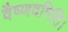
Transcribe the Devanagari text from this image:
वैष्णवमिति।